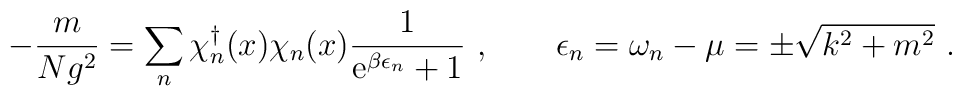
- \frac{m}{Ng^2} = \sum_n \chi_n^{\dagger}(x) \chi_n(x) \frac{1}{{\rm e}^{\beta \epsilon_n}+1} \ , \qquad \epsilon_n=\omega_n-\mu=\pm \sqrt{k^2+m^2} \ .